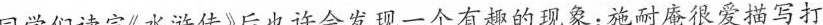
同学们读完《水浒传》后也许会发现一个有趣的现象：施耐庵很爱描写打